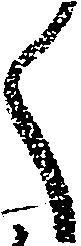
く